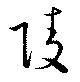
陵